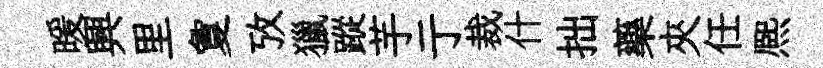
暖興里夐攷獵蹤芋亍裁什拙藥夾任熈